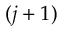
( j + 1 )